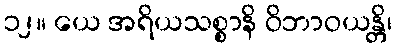
၁၂။ ယေ အရိယသစ္စာနိ ဝိဘာဝယန္တိ၊